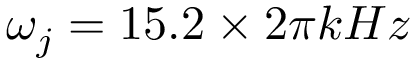
\omega _ { j } = 1 5 . 2 \times 2 \pi k H z